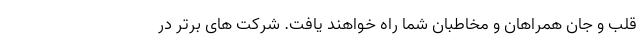
قلب و جان همراهان و مخاطبان شما راه خواهند یافت. شرکت های برتر در